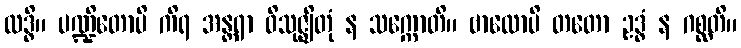
လဒ္ဓိ။ ပဏ္ဍိတောပိ ကိရ အန္တရာ ဝိသုဇ္ဈိတုံ န သက္ကောတိ။ ဗာလောပိ တတော ဥဒ္ဓံ န ဂစ္ဆတိ။